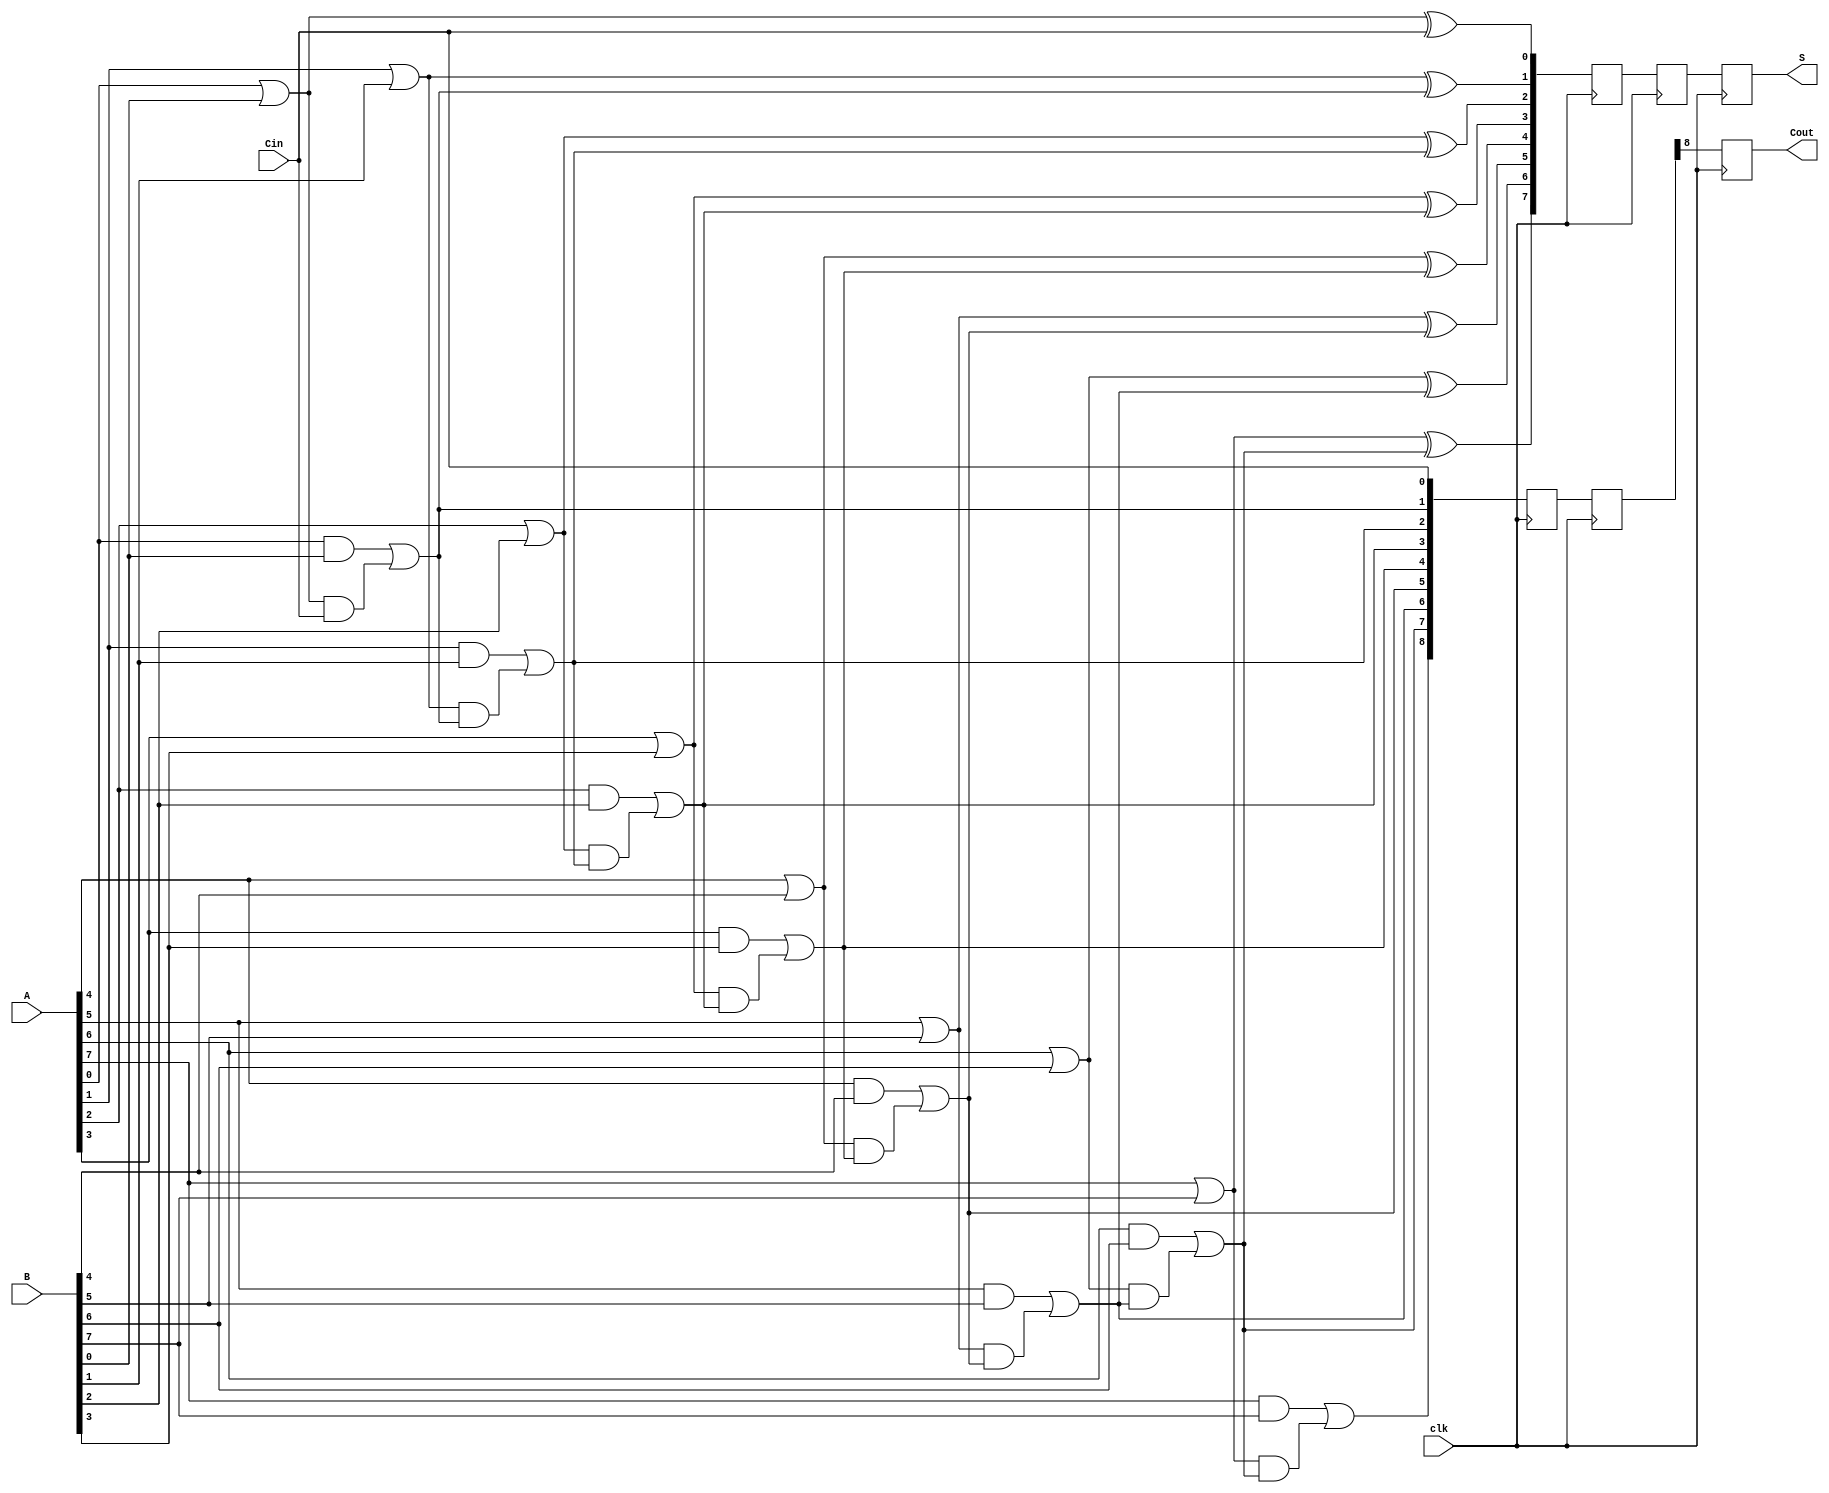
module pipelined_cla #(parameter N = 8, parameter STAGES = 2) (
    input wire clk,
    input wire [N-1:0] A,
    input wire [N-1:0] B,
    input wire Cin,
    output reg [N-1:0] S,
    output reg Cout
);

    // Intermediate signals
    wire [N-1:0] G; // Generate
    wire [N-1:0] P; // Propagate
    wire [N:0] C;   // Carry

    // Generate and Propagate calculations
    genvar i;
    generate
        for (i = 0; i < N; i = i + 1) begin : gen_prop
            assign G[i] = A[i] & B[i];  // Generate
            assign P[i] = A[i] | B[i];  // Propagate
        end
    endgenerate

    // Carry calculations
    assign C[0] = Cin; // Initial carry
    generate
        for (i = 1; i <= N; i = i + 1) begin : carry_calc
            assign C[i] = G[i-1] | (P[i-1] & C[i-1]); // Carry logic
        end
    endgenerate

    // Sum calculation
    wire [N-1:0] sum;
    generate
        for (i = 0; i < N; i = i + 1) begin : sum_calc
            assign sum[i] = P[i] ^ C[i]; // Sum logic
        end
    endgenerate

    // Pipelining registers
    reg [N-1:0] sum_reg [0:STAGES-1];
    reg [N:0] carry_reg [0:STAGES-1];

    // Stage processing
    integer stage;
    always @(posedge clk) begin
        // Shift registers for pipelining
        for (stage = STAGES-1; stage > 0; stage = stage - 1) begin
            sum_reg[stage] <= sum_reg[stage-1];
            carry_reg[stage] <= carry_reg[stage-1];
        end

        // First stage
        sum_reg[0] <= sum;
        carry_reg[0] <= C;

        // Final output
        S <= sum_reg[STAGES-1];
        Cout <= carry_reg[STAGES-1][N];
    end

endmodule